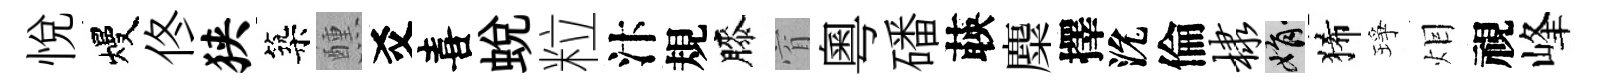
悦熳佟狭築醺爻喜蜕粒汴規膝窅粵磻𦴤麋擇沇倫棣娟狶琤𤇆視峰